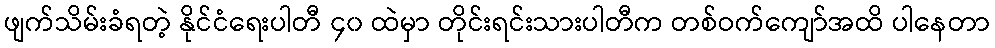
ဖျက်သိမ်းခံရတဲ့ နိုင်ငံရေးပါတီ ၄၀ ထဲမှာ တိုင်းရင်းသားပါတီက တစ်ဝက်ကျော်အထိ ပါနေတာ